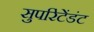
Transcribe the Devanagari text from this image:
सुपरिंटेंडंट